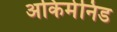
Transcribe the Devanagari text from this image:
अकिमेनिड